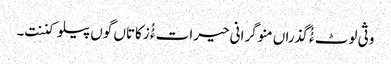
وثی لوٹ ءُُ گذراں منوگرانی حیرات ءُُ زکاتاں گوں پیلو کننت۔